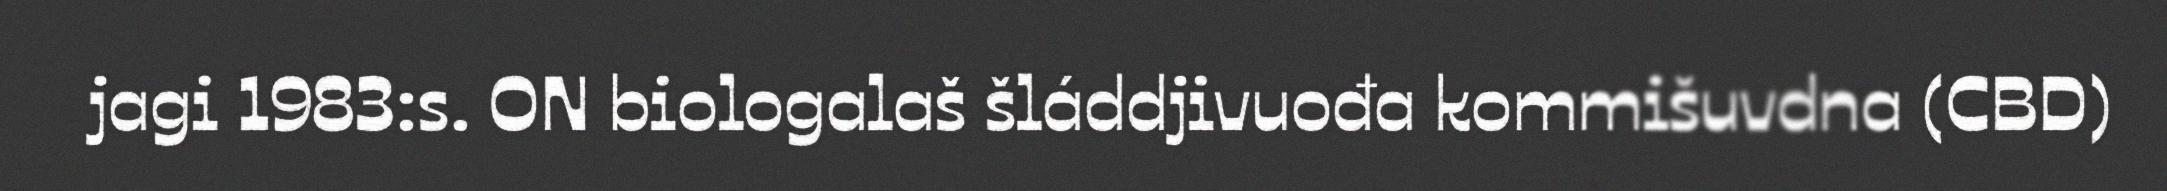
jagi 1983:s. ON biologalaš šláddjivuođa kommišuvdna (CBD)